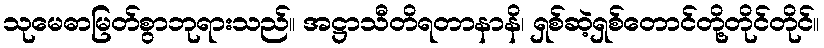
သုမေဓာမြတ်စွာဘုရားသည်။ အဋ္ဌာသီတိရတာနာနိ၊ ရှစ်ဆဲ့ရှစ်တောင်တို့တိုင်တိုင်။